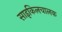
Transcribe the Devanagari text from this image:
साइकिलचालक